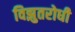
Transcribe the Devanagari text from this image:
विझुतरोधी